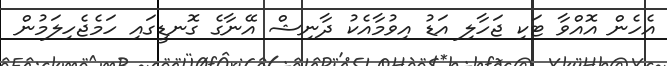
އެހެން އޮއްވާ ޓަކި ޖަހާލި އަޑު އިވުމާއެކު ދާނިޝް އޭނާގެ ގޮނޑީގައި ހަމެޖެހިލަމުން